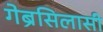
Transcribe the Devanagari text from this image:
गेब्रेसिलासी